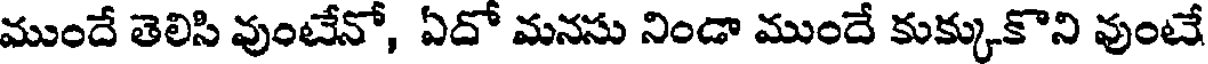
ముందే తెలిసి వుంటేనో, ఏదో మనసు నిండా ముందే కుక్కుకొని వుంటే